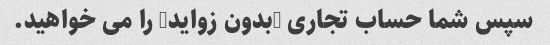
سپس شما حساب تجاری "بدون زواید" را می خواهید.